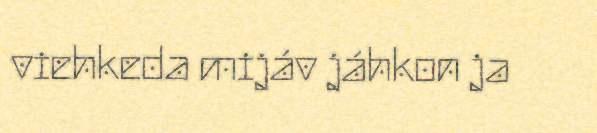
viehkeda mijáv jáhkon ja